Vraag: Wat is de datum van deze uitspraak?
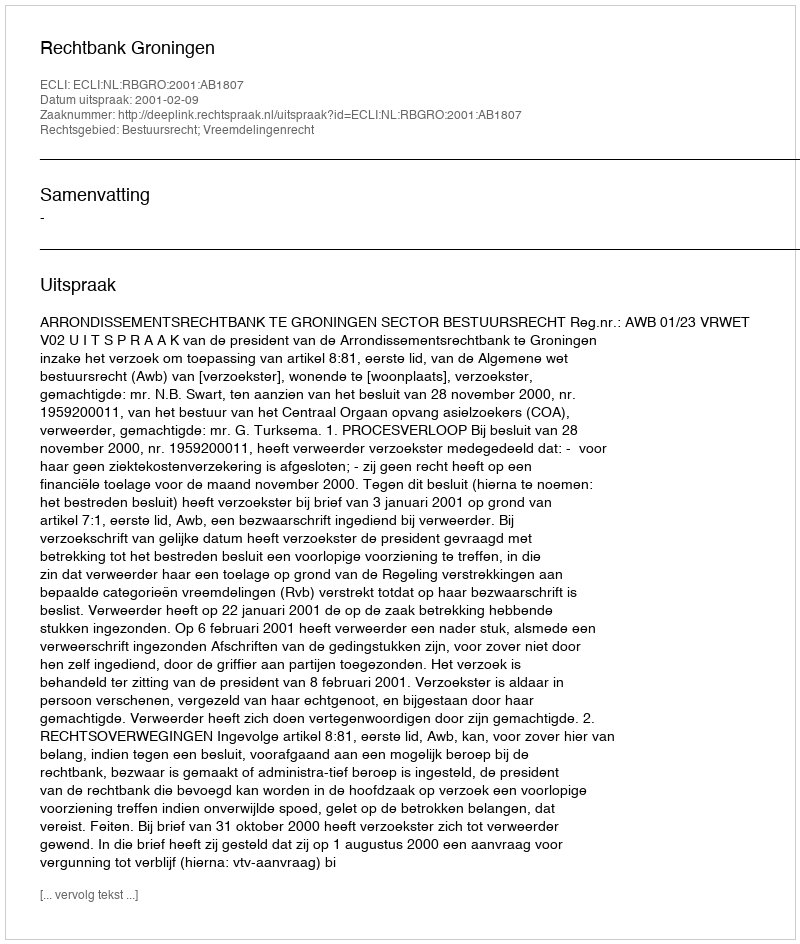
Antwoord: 2001-02-09